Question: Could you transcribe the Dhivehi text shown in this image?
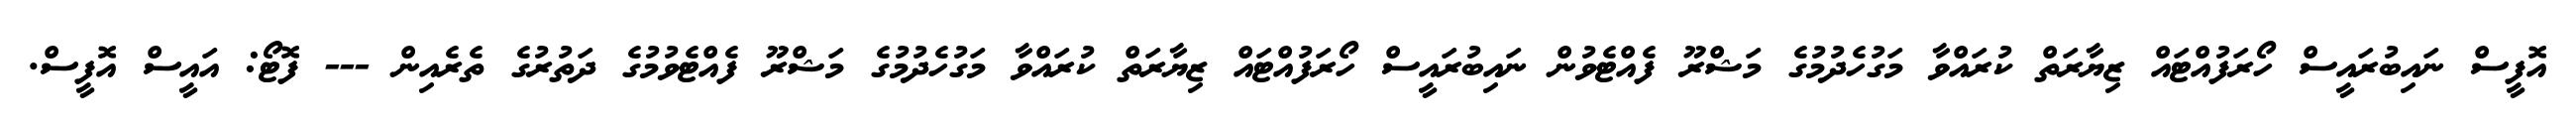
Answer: އޮފީސް ނައިބުރައީސް ހޯރަފުއްޓައް ޒިޔާރަތް ކުރައްވާ މަގުހެދުމުގެ މަޝްރޫ ފެއްޓެވުން ނައިބުރައީސް ހޯރަފުއްޓައް ޒިޔާރަތް ކުރައްވާ މަގުހެދުމުގެ މަޝްރޫ ފެއްޓެވުމުގެ ދަތުރުގެ ތެރެއިން --- ފޮޓޯ: އައީސް އޮފީސް.